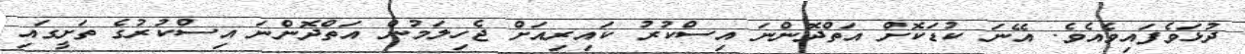
ދުޅަވެފައިވެއެވެ. އޭނަ ކުޑަކޮށް އަތްދޮންނަ އިސްކުރު ކައިރިއަށް ޖެހިލަމުން އަތްދޮންނަ އިސްކުރުގެ ތަށީގައި